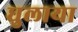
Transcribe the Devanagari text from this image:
धुलाया